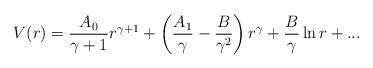
LaTeX: \begin{align*}V(r)={A_0\over \gamma+1}r^{\gamma+1}+\left({A_1\over \gamma}-{B\over \gamma^2}\right)r^{\gamma} + {B\over \gamma}\ln r+ ...\end{align*}